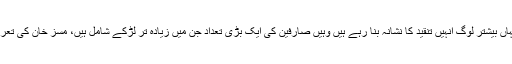
سوشل میڈیا پر جہاں بیشتر لوگ انہیں تنقید کا نشانہ بنا رہے ہیں وہیں صارفین کی ایک بڑی تعداد جن میں زیادہ تر لڑکے شامل ہیں، مسز خان کی تعریفیں کر رہے ہیں۔